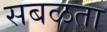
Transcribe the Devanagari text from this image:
सबळता